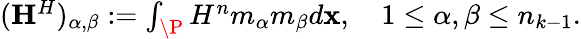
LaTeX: \begin{array}{r}{(\mathbf{H}^{H})_{\alpha,\beta}:=\int_{\P}H^{n}m_{\alpha}m_{\beta}d\mathbf{x},\quad 1\leq\alpha,\beta\leq n_{k-1}.}\end{array}